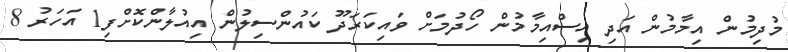
މުދިމުން އިމާމުން އަދި އިސްއިމާމުން ހޯދުމަށް ވައިކަރަދޫ ކައުންސިލުން އިއުލާންކޮށްފި1 އަހަރު 8